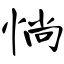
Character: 惝